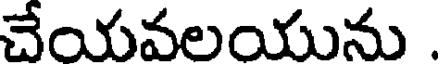
చేయవలయును .